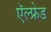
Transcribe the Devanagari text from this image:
ऍल्फ्रेड